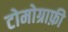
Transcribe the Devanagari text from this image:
टोमोग्राफ़ी